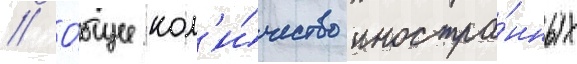
// О́бщее кол'и́чество иностра́нных